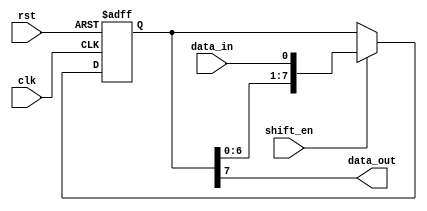
module shift_register (
  input clk,
  input rst,
  input shift_en,
  input data_in,
  output reg data_out
);

reg [7:0] reg_data;

always @(posedge clk or posedge rst) begin
  if (rst) begin
    reg_data <= 8'b0;
  end else if (shift_en) begin
    reg_data <= {reg_data[6:0], data_in};
  end
end

assign data_out = reg_data[7];

endmodule